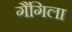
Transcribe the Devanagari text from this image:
गैंगिला